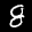
Label: 8